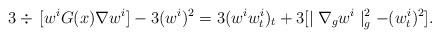
LaTeX: \begin{align*}3\div\,[w^{i}G(x)\nabla w^i]-3(w^i)^{2}=3(w^i w^i_{t})_t+3[\mid\nabla_{g}w^i\mid_{g}^{2}-(w^i_t)^2].\end{align*}